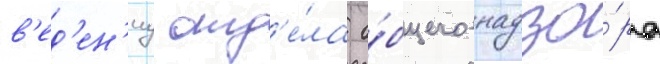
в'ед'ен'иу отд'е́ла о́бщего надзо́ра